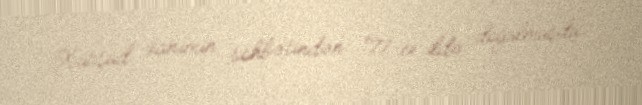
Xurşud xanımın söhbətindən: “71-ci ildə doğulmuşdu.